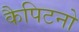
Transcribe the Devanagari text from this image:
कैपिटनो